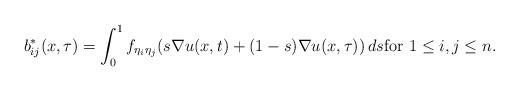
LaTeX: \begin{align*} b^*_{ij} ( x , \tau ) = \int_0^1 f_{ \eta_i \eta_j } ( s \nabla u (x, t ) + ( 1 - s ) \nabla u ( x, \tau ) ) \, ds \mbox{for}\, \, 1 \leq i, j \leq n. \end{align*}